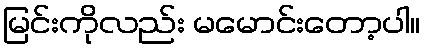
မြင်းကိုလည်း မမောင်းတော့ပါ။